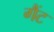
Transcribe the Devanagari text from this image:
गैंट